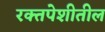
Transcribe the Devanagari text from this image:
रक्तपेशीतील